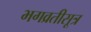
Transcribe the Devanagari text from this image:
भगव्रतीसूत्र